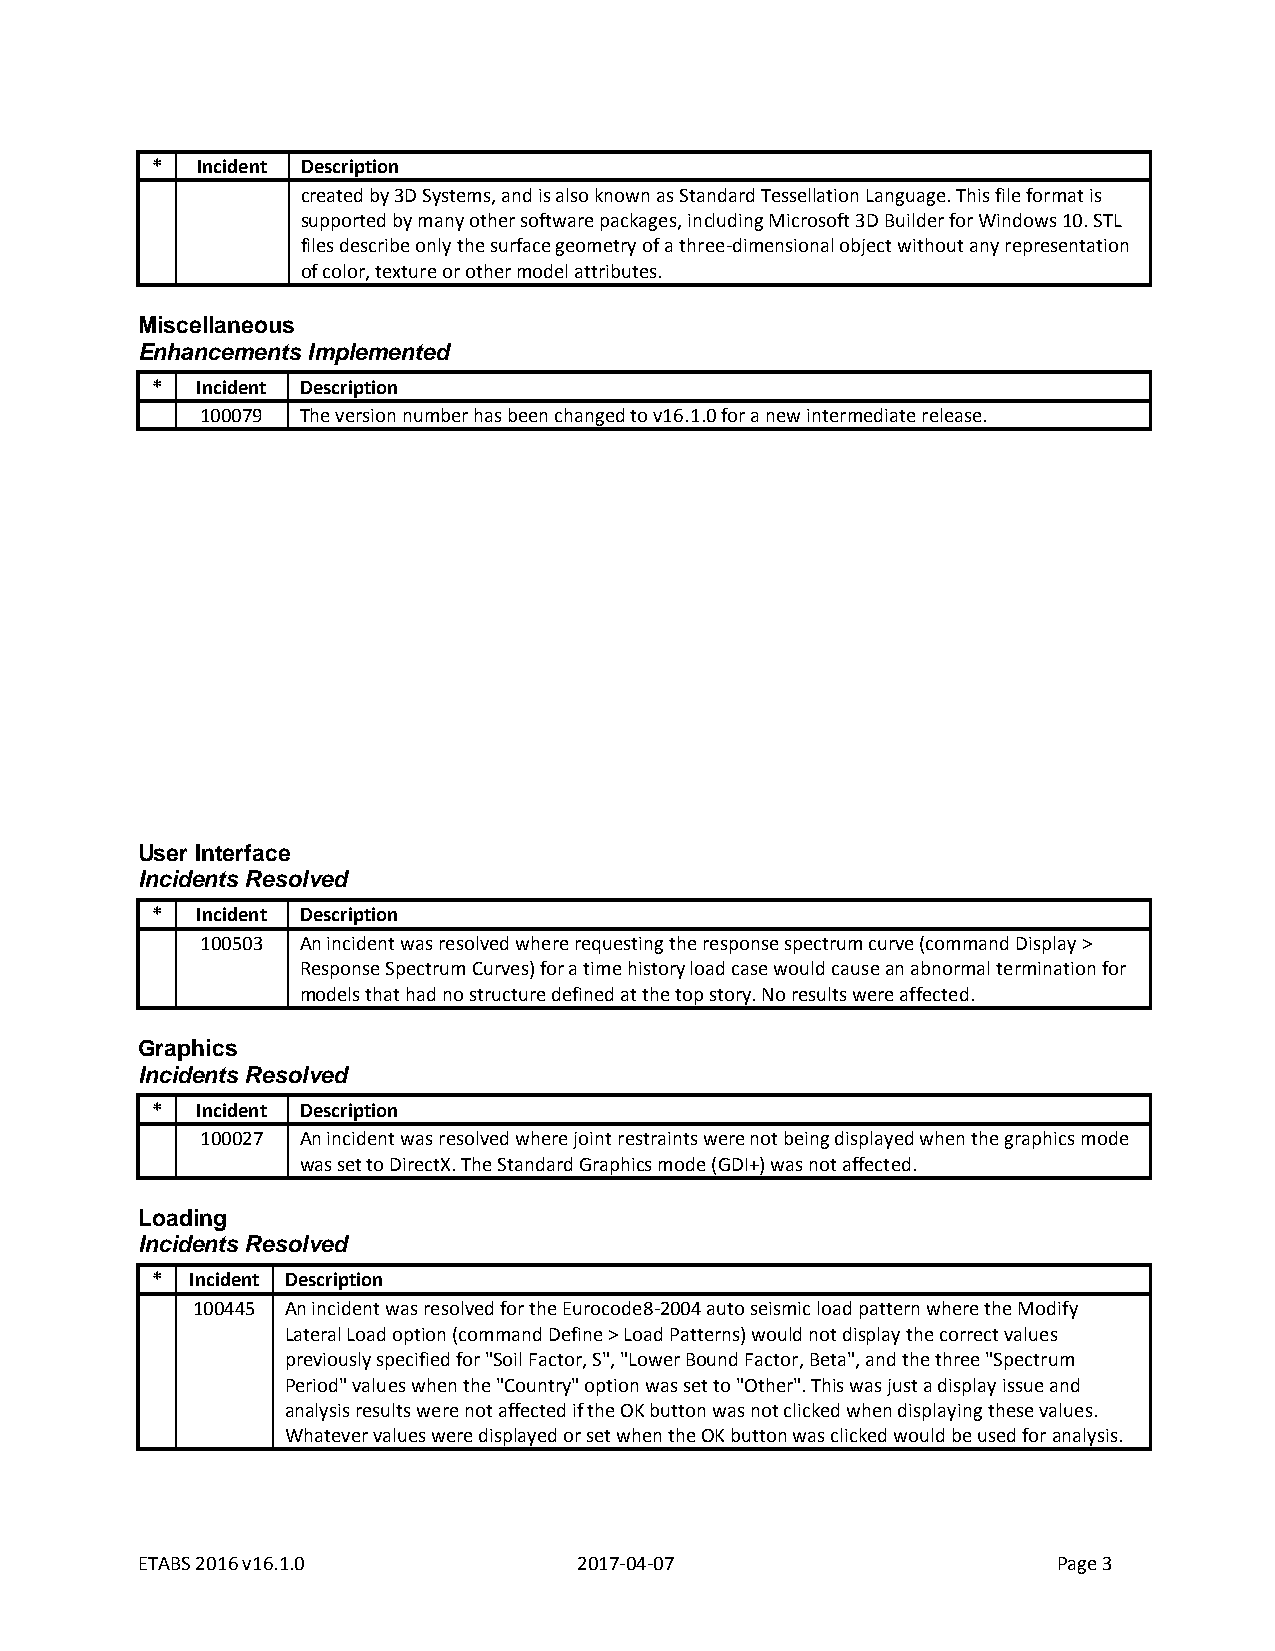
*  Incident Description
 created by 3D Systems, and is also known as Standard Tessellation Language. This file format is
 supported by many other software packages, including Microsoft 3D Builder for Windows 10. STL
 files describe only the surface geometry of a three-dimensional object without any representation
 of color, texture or other model attributes.
 Miscellaneous
 Enhancements Implemented
 *  Incident Description
 100079 The version number has been changed to v16.1.0 for a new intermediate release.
 User Interface
 Incidents Resolved
 *  Incident Description
 100503 An incident was resolved where requesting the response spectrum curve (command Display >
 Response Spectrum Curves) for a time history load case would cause an abnormal termination for
 models that had no structure defined at the top story. No results were affected.
 Graphics
 Incidents Resolved
 *  Incident Description
 100027 An incident was resolved where joint restraints were not being displayed when the graphics mode
 was set to DirectX. The Standard Graphics mode (GDI+) was not affected.
 Loading
 Incidents Resolved
 *  Incident Description
 100445 An incident was resolved for the Eurocode8-2004 auto seismic load pattern where the Modify
 Lateral Load option (command Define > Load Patterns) would not display the correct values
 previously specified for "Soil Factor, S", "Lower Bound Factor, Beta", and the three "Spectrum
 Period" values when the "Country" option was set to "Other". This was just a display issue and
 analysis results were not affected if the OK button was not clicked when displaying these values.
 Whatever values were displayed or set when the OK button was clicked would be used for analysis.
 ETABS 2016 v16.1.0           2017-04-07                      Page 3